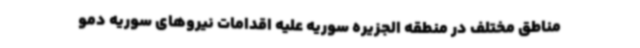
مناطق مختلف در منطقه الجزیره سوریه علیه اقدامات نیروهای سوریه دمو